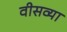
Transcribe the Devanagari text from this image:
वीसव्या